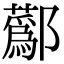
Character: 𨟗